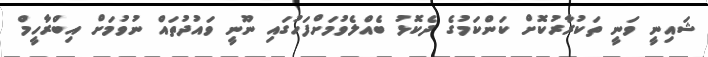
ޝައިނީ ވަނީ ތަކުރާރުކޮށް ކަންކަމުގެ ދެކޮޅު ބެއްލެވުމަށްފަހުގައި ނޫނީ ވައުދުތައް ނުވުމަށް އިބްރާހީމް